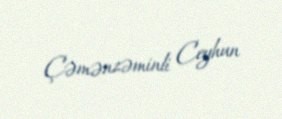
Çəmənzəminli Ceyhun